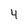
Character: 4